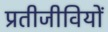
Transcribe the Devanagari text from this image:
प्रतीजीवियों